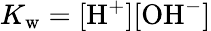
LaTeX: K_{\mathrm{w}}=\mathrm{[H^{+}][OH^{-}]}